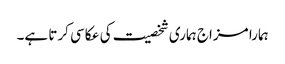
ہمارا مزاج ہماری شخصیت کی عکاسی کرتا ہے۔